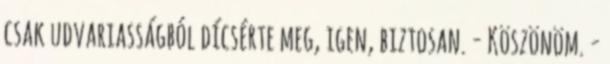
csak udvariasságból dícsérte meg, igen, biztosan. - Köszönöm. -